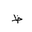
Letter: _za